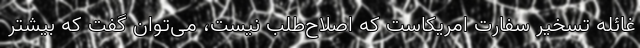
غائله تسخیر سفارت امریکاست که اصلاح‌طلب نیست، می‌توان گفت که بیشتر